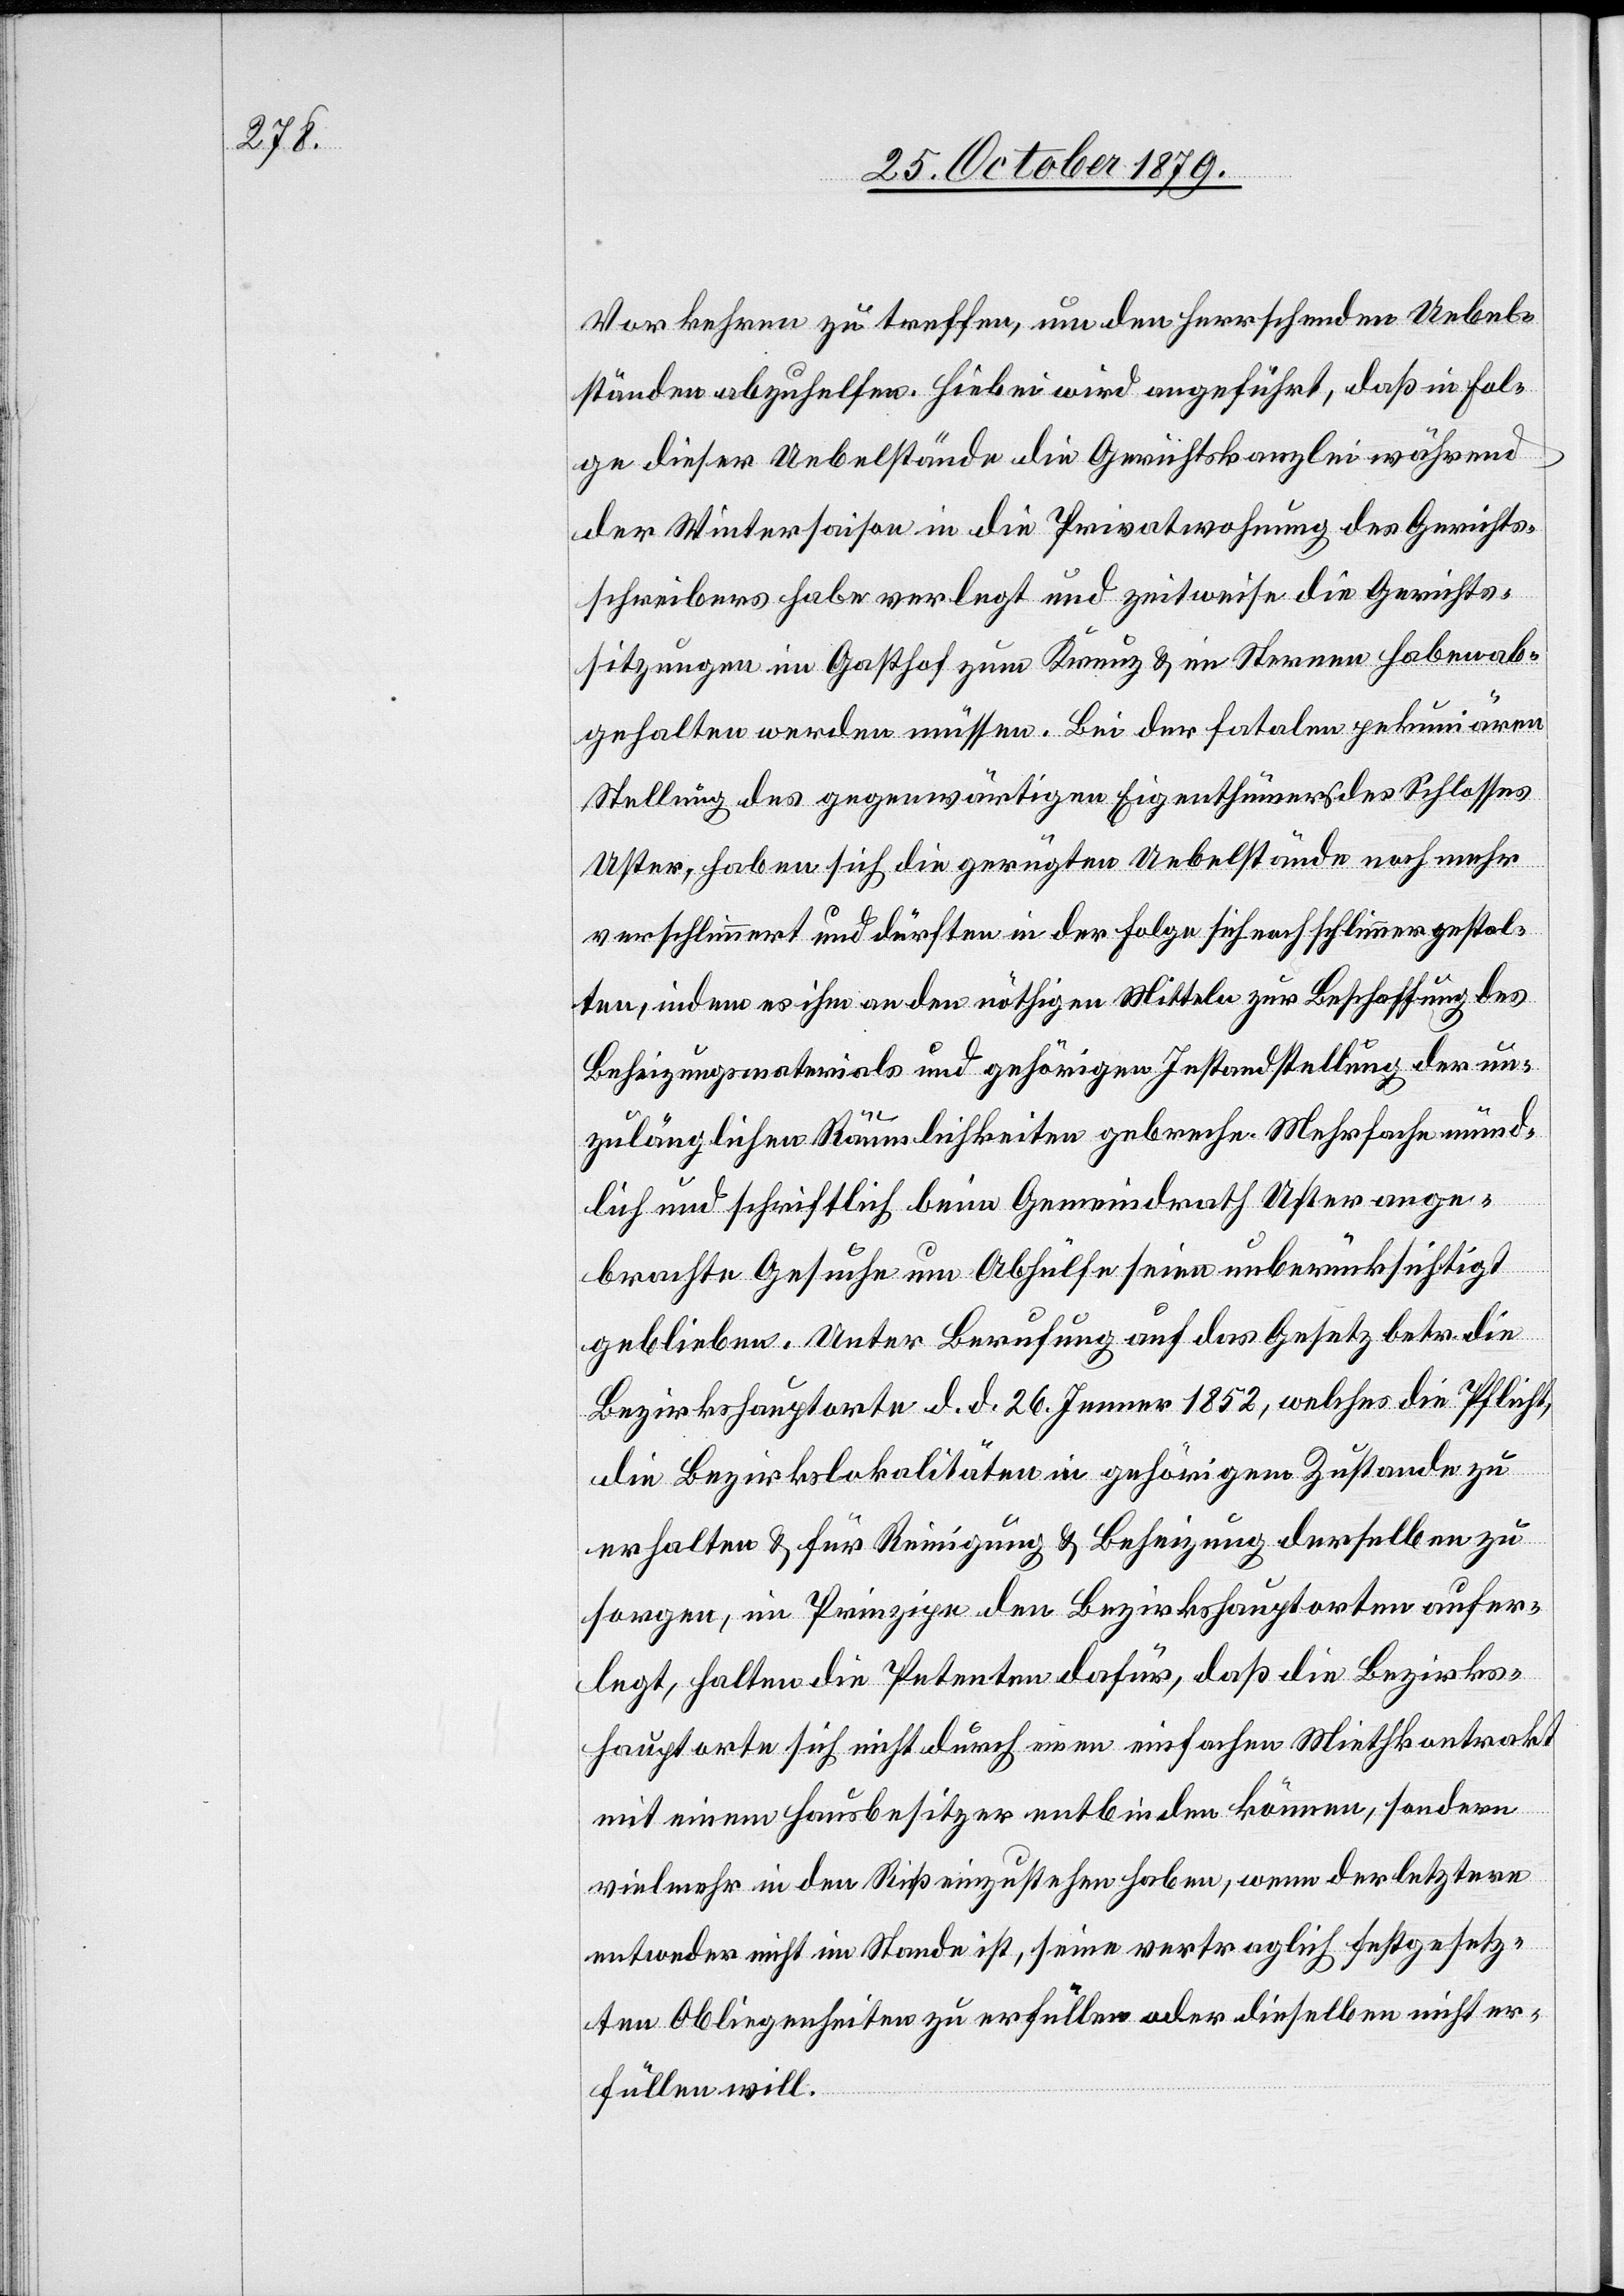
Vorkehren zu treffen, um den herrschenden Uebel¬
ständen abzuhelfen. Hiebei wird angeführt, daß in Fol¬
ge dieser Uebelstände die Gerichtskanzlei während
der Wintersaison in die Privatwohnung des Gerichts¬
schreibers habe verlegt und zeitweise die Gerichts¬
sitzungen im Gasthof zum Kreuz & im Sternen haben ab¬
gehalten werden müssen. Bei der fatalen pekuniären
Stellung des gegenwärtigen Eigenthümers des Schlosses
Uster, haben sich die gerügten Uebelstände noch mehr
verschlimmert und dürften in der Folge sich noch schlimmer gestal¬
ten, indem es ihm an den nöthigen Mitteln zur Beschaffung des
Beheizungsmaterials und gehörigen Instandstellung der un¬
zulänglichen Räumlichkeiten gebreche. Mehrfache münd¬
lich und schriftlich beim Gemeindrath Uster ange¬
brachte Gesuche um Abhülfe seien unberücksichtigt
geblieben. Unter Berufung auf das Gesetz betr. die
Bezirkshauptorte d. d. 26. Jenner 1852, welches die Pflicht,
die Bezirkslokalitäten in gehörigem Zustande zu
erhalten & für Reinigung & Beheizung derselben zu
sorgen, im Prinzipe den Bezirkshauptorten aufer¬
legt, halten die Petenten dafür, daß die Bezirks¬
hauptorte sich nicht durch einen einfachen Mietkontrakt
mit einem Hausbesitzer entbinden können sondern
vielmehr in den Riß einzustehen haben, wenn der letztere
entweder nicht im Stande ist, seine vertraglich festgesetz¬
ten Obliegenheiten zu erfüllen oder dieselben nicht er¬
füllen will.